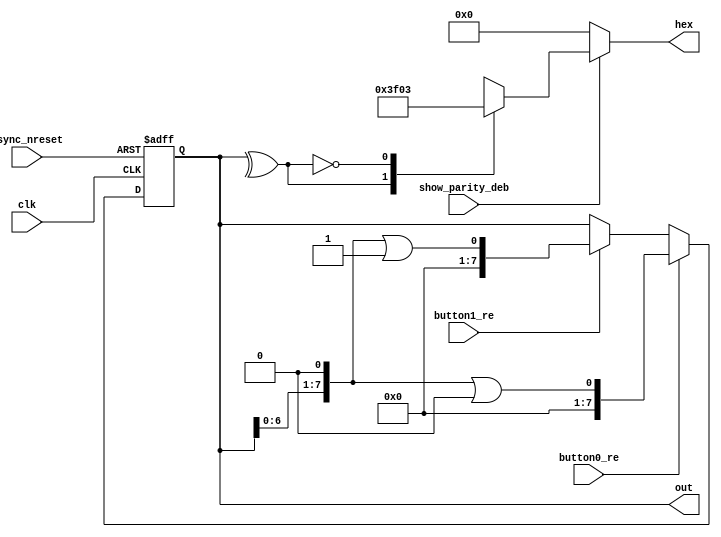
module led_shifter_2
	(
		input clk,
		input async_nreset,
		
		input button0_re,
		input button1_re,
		
		input show_parity_deb,
		
		output [7:0] out,
		output reg [7:0] hex
	);
	
	reg [7:0] number_reg, number_next;
	
	always @(*)
	begin
		number_next <= number_reg;
		
		if (button0_re)
			number_next <= (number_reg << 1) || 1'b0;
		else if (button1_re)
			number_next <= (number_reg << 1) || 1'b1;
	end
	
	always @(posedge clk, negedge async_nreset)
	begin
		if (async_nreset == 1'b0)
		begin
			number_reg <= 8'd0;
		end
		else
		begin
			number_reg <= number_next;
		end
	end
	
	assign out = number_reg;
	
	always @(*)
	begin
		
		hex <= 8'd0;
		
		if (show_parity_deb)
		begin
			case (~(^number_reg))
				1'b0:
					hex <= 8'b0011_1111;
				1'b1:
					hex <= 8'b0000_0011;
			endcase
		end
		
	end
	
endmodule